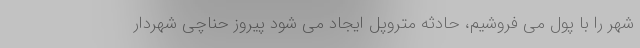
شهر را با پول می فروشیم، حادثه متروپل ایجاد می شود پیروز حناچی شهردار